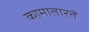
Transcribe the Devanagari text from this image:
कामातारते